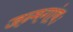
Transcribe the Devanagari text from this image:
जन्मगांवः